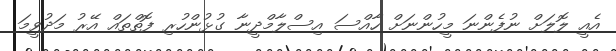
އެއީ ލޮލަށް ނުފެންނަ މީހުންނަށް ހާއްސަ އިސްލާމްދީނާ ގުޅުންހުރި ފޮތްތައް އޭރު މަދުވީމަ